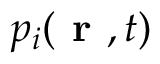
p _ { i } ( \textbf { r } , t )